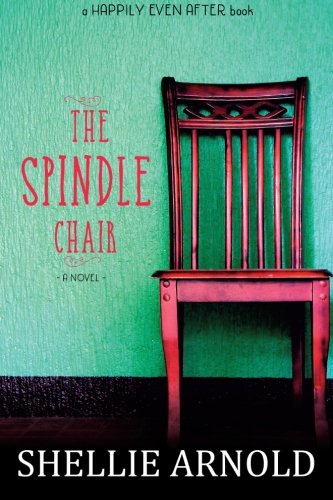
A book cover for The Spindle Chair; Shellie Arnold; Literature & Fiction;